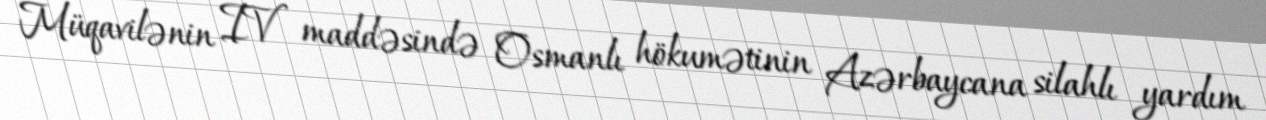
Müqavilənin IV maddəsində Osmanlı hökumətinin Azərbaycana silahlı yardım